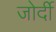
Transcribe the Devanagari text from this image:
जोर्दी